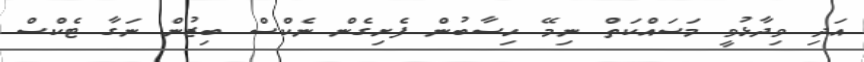
އަދި ވިދާޅުވީ މަސައްކަތް ނިމޭ ހިސާބުން ފެށިގެން ނެކްސް ބިޒުން ނަގާ ޓެކްސް